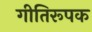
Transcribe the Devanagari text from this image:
गीतिरूपक